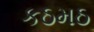
કઠમઠ